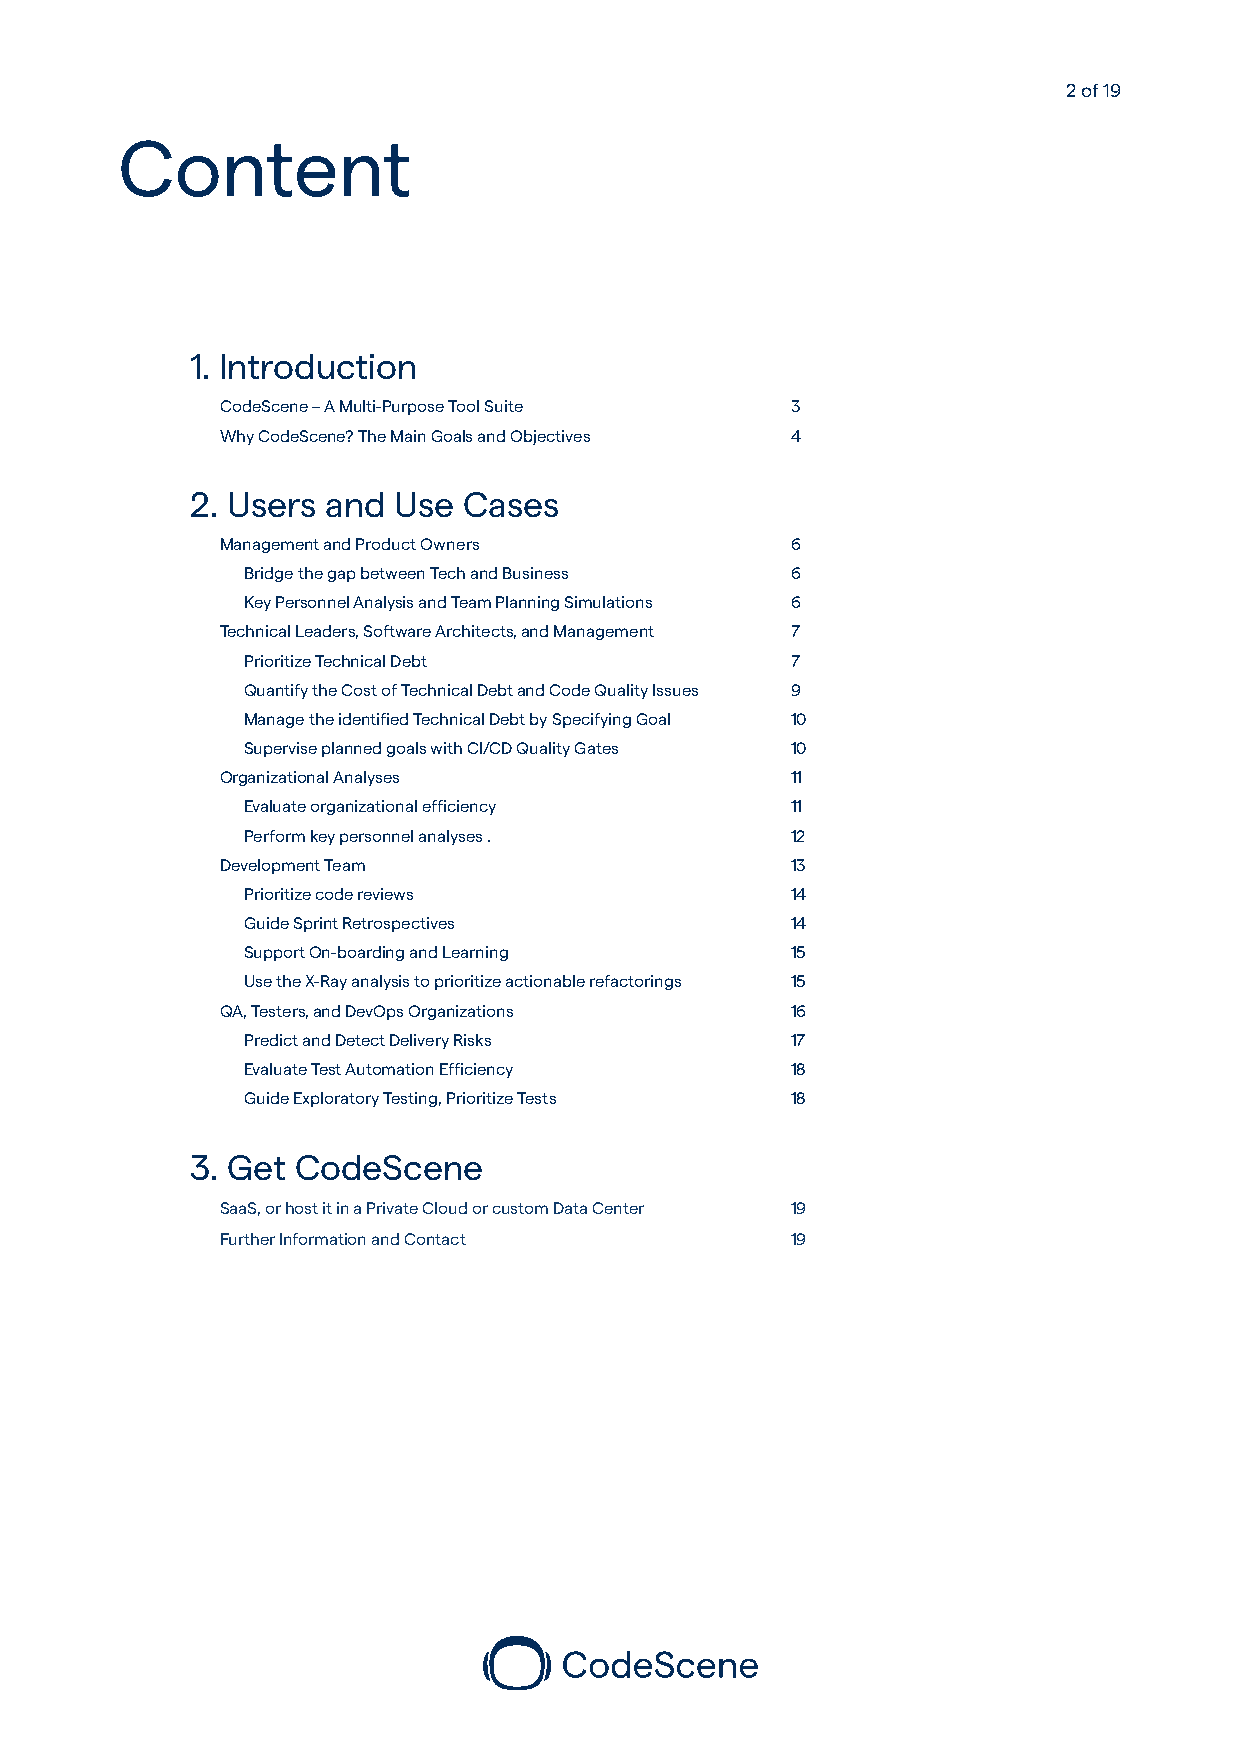
2 of 19
 Content
 1. Introduction
 CodeScene – A Multi-Purpose Tool Suite 3
 Why CodeScene? The Main Goals and Objectives 4
 2. Users and Use  Cases
 Management and Product Owners        6
 Bridge the gap between Tech and Business 6
 Key Personnel Analysis and Team Planning Simulations 6
 Technical Leaders, Software Architects, and Management 7
 Prioritize Technical Debt           7
 Quantify the Cost of Technical Debt and Code Quality Issues 9
 Manage the identified Technical Debt by Specifying Goal 10
 Supervise planned goals with CI/CD Quality Gates 10
 Organizational Analyses              11
 Evaluate organizational efficiency  11
 Perform key personnel analyses .    12
 Development Team                     13
 Prioritize code reviews             14
 Guide Sprint Retrospectives         14
 Support On-boarding and Learning    15
 Use the X-Ray analysis to prioritize actionable refactorings 15
 QA, Testers, and DevOps Organizations 16
 Predict and Detect Delivery Risks   17
 Evaluate Test Automation Efficiency 18
 Guide Exploratory Testing, Prioritize Tests 18
 3. Get CodeScene
 SaaS, or host it in a Private Cloud or custom Data Center 19
 Further Information and Contact      19